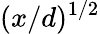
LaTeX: (x/d)^{1/2}